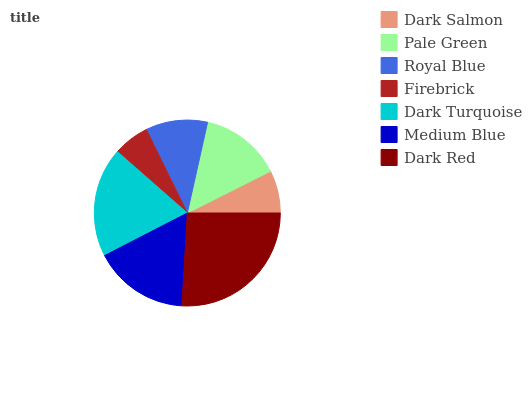
| Dark Salmon | Pale Green | Royal Blue | Firebrick | Dark Turquoise | Medium Blue | Dark Red |
 | --- | --- | --- | --- | --- | --- | --- |
 | 7.39% | 14.1% | 10.7% | 6.28% | 19.1% | 16.5% | 25.9% |